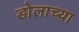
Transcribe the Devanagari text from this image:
डोलाच्या